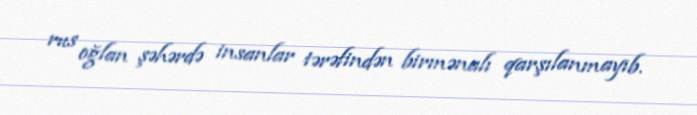
rus oğlan şəhərdə insanlar tərəfindən birmənalı qarşılanmayıb.